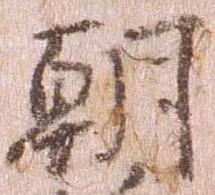
朝